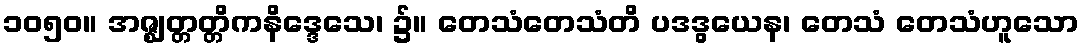
၁၀၅၀။ အဇ္ဈတ္တတ္တိကနိဒ္ဒေသေ၊ ၌။ တေသံတေသံတိ ပဒဒွယေန၊ တေသံ တေသံဟူသော